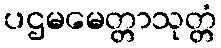
ပဌမမေတ္တာသုတ္တံ